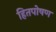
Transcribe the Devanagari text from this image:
हितपोषण